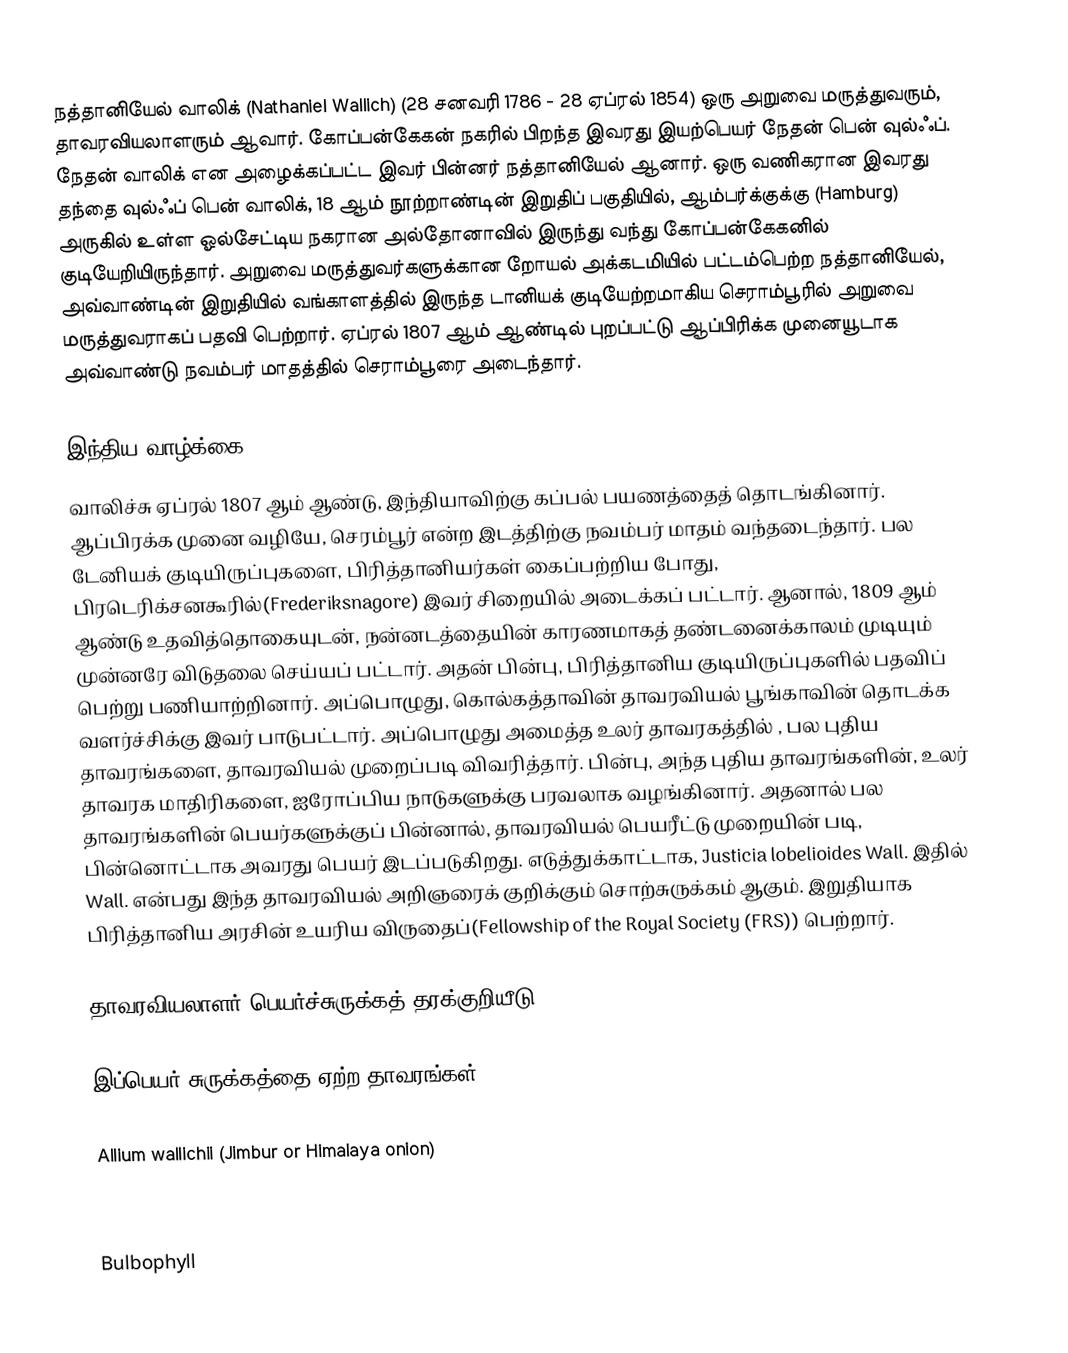
நத்தானியேல் வாலிக் (Nathaniel Wallich) (28 சனவரி 1786 - 28 ஏப்ரல் 1854) ஒரு அறுவை மருத்துவரும், தாவரவியலாளரும் ஆவார். கோப்பன்கேகன் நகரில் பிறந்த இவரது இயற்பெயர் நேதன் பென் வுல்ஃப். நேதன் வாலிக் என அழைக்கப்பட்ட இவர் பின்னர் நத்தானியேல் ஆனார். ஒரு வணிகரான இவரது தந்தை வுல்ஃப் பென் வாலிக், 18 ஆம் நூற்றாண்டின் இறுதிப் பகுதியில், ஆம்பர்க்குக்கு (Hamburg) அருகில் உள்ள ஓல்சேட்டிய நகரான அல்தோனாவில் இருந்து வந்து கோப்பன்கேகனில் குடியேறியிருந்தார். அறுவை மருத்துவர்களுக்கான றோயல் அக்கடமியில் பட்டம்பெற்ற நத்தானியேல், அவ்வாண்டின் இறுதியில் வங்காளத்தில் இருந்த டானியக் குடியேற்றமாகிய செராம்பூரில் அறுவை மருத்துவராகப் பதவி பெற்றார். ஏப்ரல் 1807 ஆம் ஆண்டில் புறப்பட்டு ஆப்பிரிக்க முனையூடாக அவ்வாண்டு நவம்பர் மாதத்தில் செராம்பூரை அடைந்தார்.

இந்திய வாழ்க்கை
வாலிச்சு ஏப்ரல் 1807 ஆம் ஆண்டு, இந்தியாவிற்கு கப்பல் பயணத்தைத் தொடங்கினார். ஆப்பிரக்க முனை வழியே, செரம்பூர்  என்ற இடத்திற்கு நவம்பர் மாதம் வந்தடைந்தார். பல டேனியக் குடியிருப்புகளை, பிரித்தானியர்கள் கைப்பற்றிய போது, பிரடெரிக்சனகூரில்(Frederiksnagore)  இவர் சிறையில் அடைக்கப் பட்டார். ஆனால், 1809 ஆம் ஆண்டு உதவித்தொகையுடன், நன்னடத்தையின் காரணமாகத் தண்டனைக்காலம் முடியும் முன்னரே விடுதலை செய்யப் பட்டார். அதன் பின்பு, பிரித்தானிய குடியிருப்புகளில் பதவிப் பெற்று பணியாற்றினார். அப்பொழுது, கொல்கத்தாவின் தாவரவியல் பூங்காவின் தொடக்க வளர்ச்சிக்கு இவர் பாடுபட்டார்.  அப்பொழுது அமைத்த உலர் தாவரகத்தில் , பல புதிய தாவரங்களை, தாவரவியல் முறைப்படி விவரித்தார். பின்பு, அந்த புதிய தாவரங்களின், உலர் தாவரக மாதிரிகளை, ஐரோப்பிய நாடுகளுக்கு பரவலாக வழங்கினார். அதனால் பல தாவரங்களின் பெயர்களுக்குப் பின்னால், தாவரவியல் பெயரீட்டு முறையின் படி, பின்னொட்டாக அவரது பெயர் இடப்படுகிறது. எடுத்துக்காட்டாக, Justicia lobelioides Wall.  இதில்  Wall. என்பது இந்த தாவரவியல் அறிஞரைக் குறிக்கும் சொற்சுருக்கம் ஆகும். இறுதியாக பிரித்தானிய அரசின் உயரிய விருதைப்(Fellowship of the Royal Society (FRS)) பெற்றார்.

தாவரவியலாளர் பெயர்ச்சுருக்கத் தரக்குறியீடு

இப்பெயர் சுருக்கத்தை ஏற்ற தாவரங்கள்

 Allium wallichii (Jimbur or Himalaya onion)
 Apostasia wallichii
 Brahmaea wallichii
 Bulbophyll